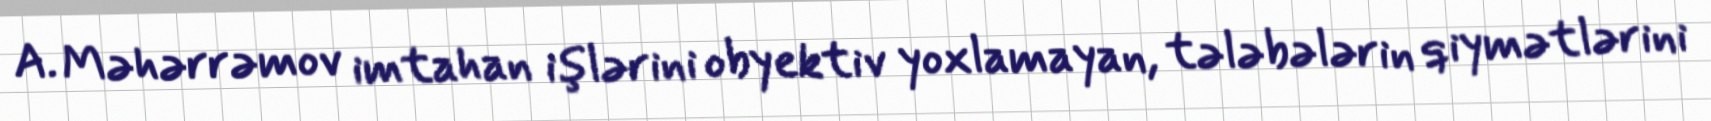
A. Məhərrəmov imtahan işlərini obyektiv yoxlamayan, tələbələrin qiymətlərini